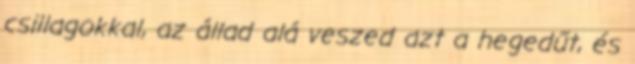
csillagokkal, az állad alá veszed azt a hegedűt, és